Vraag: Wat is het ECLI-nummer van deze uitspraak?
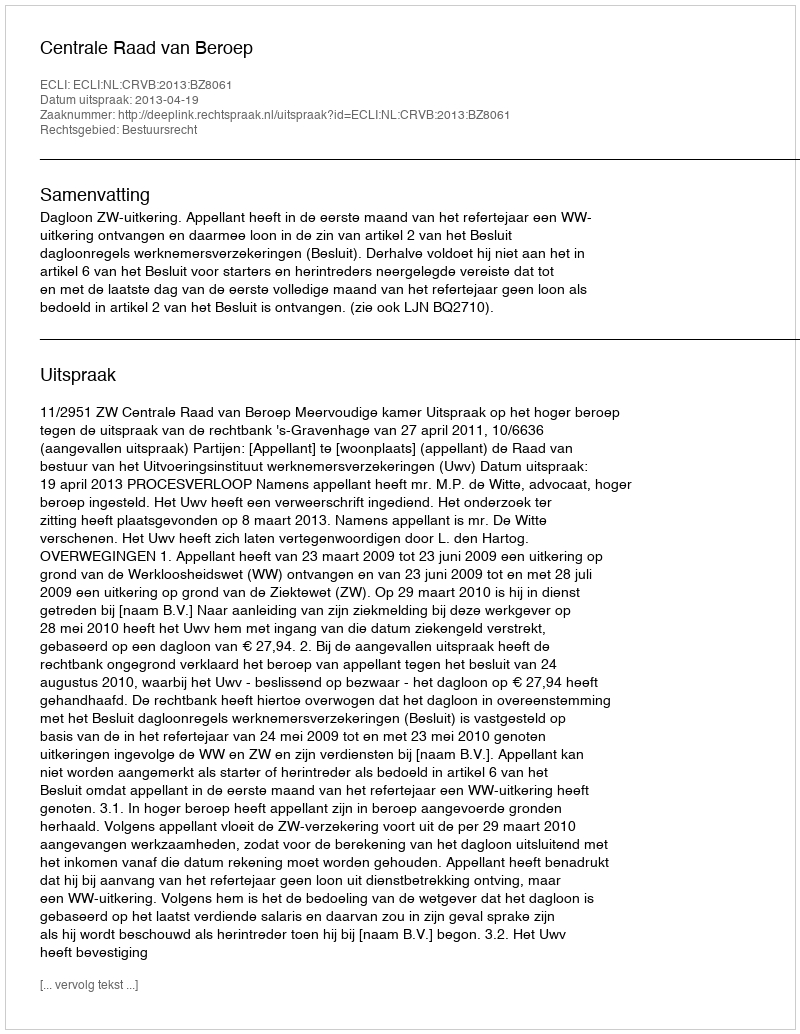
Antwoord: ECLI:NL:CRVB:2013:BZ8061